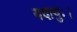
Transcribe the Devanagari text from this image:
यदायुः।